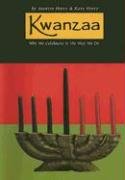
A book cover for Kwanzaa: Why We Celebrate It the Way We Do; Martin Hintz; Children's Books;